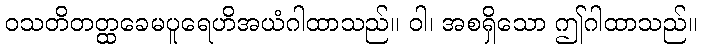
ဝသတိတတ္ထခေမပူရေဟိအယံဂါထာသည်။ ဝါ၊ အစရှိသော ဤဂါထာသည်။